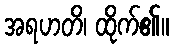
အရဟတိ၊ ထိုက်၏။